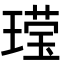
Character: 𬎆